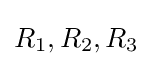
R_{1},R_{2},R_{3}